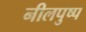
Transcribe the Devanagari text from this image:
नीलपुष्प